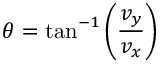
\theta = \tan ^ { - 1 } \left( \frac { v _ { y } } { v _ { x } } \right)